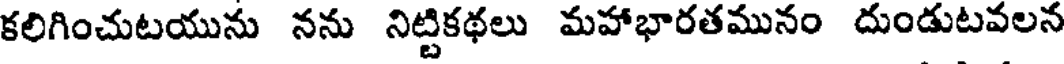
కలిగించుటయును నను నిట్టికథలు మహాభారతమునం దుండుటవలన